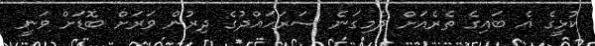
ކުޅީގެ އެ ބައިގެ ތެރެއަށް ދެމިގަނެ ސަރަހައްދުގެ ދިރުން ވަރަށް ބޮޑަށް ވަނީ